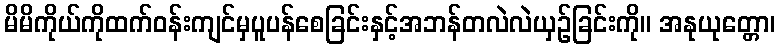
မိမိကိုယ်ကိုထက်ဝန်းကျင်မှပူပန်စေခြင်းနှင့်အဘန်တလဲလဲယှဉ်ခြင်းကို။ အနုယုတ္တော၊